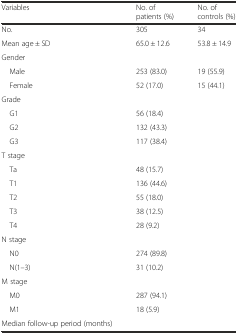
| Variables | No. of patients (%) | No. of controls (%) |
 | --- | --- | --- |
 | No. | 305 | 34 |
 | Mean age ± SD | 65.0 ± 12.6 | 53.8 ± 14.9 |
 | Gender |  |  |
 | Male | 253 (83.0) | 19 (55.9) |
 | Female | 52 (17.0) | 15 (44.1) |
 | Grade |  |  |
 | G1 | 56 (18.4) |  |
 | G2 | 132 (43.3) |  |
 | G3 | 117 (38.4) |  |
 | T stage |  |  |
 | Ta | 48 (15.7) |  |
 | T1 | 136 (44.6) |  |
 | T2 | 55 (18.0) |  |
 | T3 | 38 (12.5) |  |
 | T4 | 28 (9.2) |  |
 | N stage |  |  |
 | N0 | 274 (89.8) |  |
 | N(1–3) | 31 (10.2) |  |
 | M stage |  |  |
 | M0 | 287 (94.1) |  |
 | M1 | 18 (5.9) |  |
 | Median follow-up period (months) |  |  |